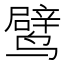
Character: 𬸯